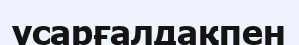
усарғалдақпен